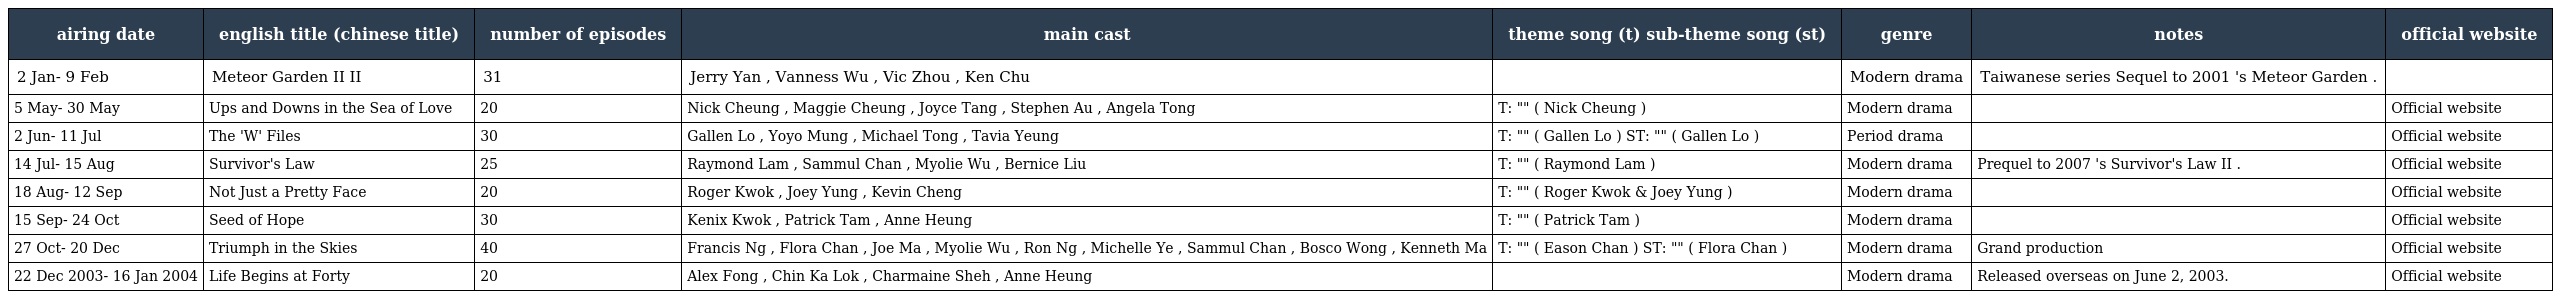
| airing date | english title (chinese title) | number of episodes | main cast | theme song (t) sub-theme song (st) | genre | notes | official website |
 | --- | --- | --- | --- | --- | --- | --- | --- |
 | 2 Jan- 9 Feb | Meteor Garden II 流星花園II | 31 | Jerry Yan , Vanness Wu , Vic Zhou , Ken Chu |  | Modern drama | Taiwanese series Sequel to 2001 's Meteor Garden . |  |
 | 5 May- 30 May | Ups and Downs in the Sea of Love 十萬噸情緣 | 20 | Nick Cheung , Maggie Cheung , Joyce Tang , Stephen Au , Angela Tong | T: "全速前進" ( Nick Cheung ) | Modern drama |  | Official website |
 | 2 Jun- 11 Jul | The 'W' Files 衛斯理 | 30 | Gallen Lo , Yoyo Mung , Michael Tong , Tavia Yeung | T: "未來的守望者" ( Gallen Lo ) ST: "如果世界有了你" ( Gallen Lo ) | Period drama |  | Official website |
 | 14 Jul- 15 Aug | Survivor's Law 律政新人王 | 25 | Raymond Lam , Sammul Chan , Myolie Wu , Bernice Liu | T: "忘記傷害" ( Raymond Lam ) | Modern drama | Prequel to 2007 's Survivor's Law II . | Official website |
 | 18 Aug- 12 Sep | Not Just a Pretty Face 美麗在望 | 20 | Roger Kwok , Joey Yung , Kevin Cheng | T: "會很美" ( Roger Kwok & Joey Yung ) | Modern drama |  | Official website |
 | 15 Sep- 24 Oct | Seed of Hope 俗世情真 | 30 | Kenix Kwok , Patrick Tam , Anne Heung | T: "全靠我沒有" ( Patrick Tam ) | Modern drama |  | Official website |
 | 27 Oct- 20 Dec | Triumph in the Skies 衝上雲霄 | 40 | Francis Ng , Flora Chan , Joe Ma , Myolie Wu , Ron Ng , Michelle Ye , Sammul Chan , Bosco Wong , Kenneth Ma | T: "歲月如歌" ( Eason Chan ) ST: "我不愛你" ( Flora Chan ) | Modern drama | Grand production | Official website |
 | 22 Dec 2003- 16 Jan 2004 | Life Begins at Forty 花樣中年 | 20 | Alex Fong , Chin Ka Lok , Charmaine Sheh , Anne Heung |  | Modern drama | Released overseas on June 2, 2003. | Official website |